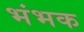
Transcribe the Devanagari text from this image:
भंभक